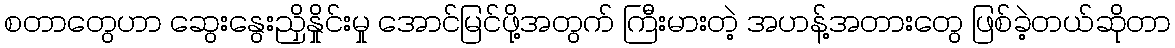
စတာတွေဟာ ဆွေးနွေးညှိနှိုင်းမှု အောင်မြင်ဖို့အတွက် ကြီးမားတဲ့ အဟန့်အတားတွေ ဖြစ်ခဲ့တယ်ဆိုတာ